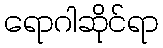
ရောဂါဆိုင်ရာ